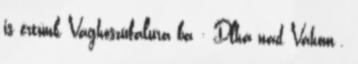
is értünk Vághoszúfalura ba : Dlhá nad Váhom .